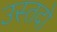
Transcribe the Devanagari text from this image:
उस्तदो